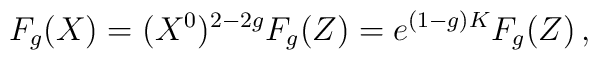
F_g(X)=(X^0)^{2-2g}F_g(Z)=e^{(1-g)K}F_g(Z)\, ,